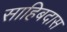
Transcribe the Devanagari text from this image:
साहिबदास